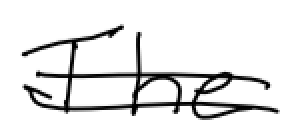
Text: The
Cross-out: double-line
Writing tool: digital_black